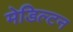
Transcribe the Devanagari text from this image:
मेडिल्टन